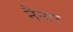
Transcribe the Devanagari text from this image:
नैनार